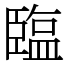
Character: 𦣪